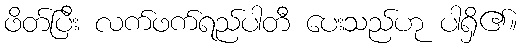
ဖိတ်ပြီး လက်ဖက်ရည်ပါတီ ပေးသည်ဟု ပါရှိ၏။